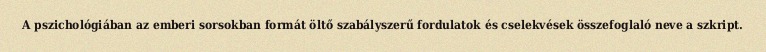
A pszichológiában az emberi sorsokban formát öltő szabályszerű fordulatok és cselekvések összefoglaló neve a szkript.